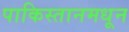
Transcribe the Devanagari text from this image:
पाकिस्तानमधून